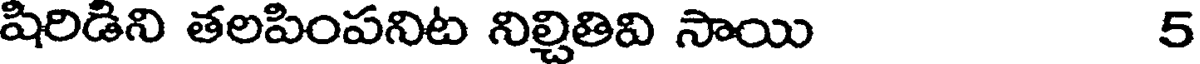
షిరిడిని తలపింపనిట నిల్చితివి సాయి 5